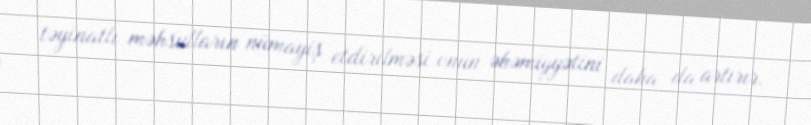
təyinatlı məhsulların nümayiş etdirilməsi onun əhəmiyyətini daha da artırır.